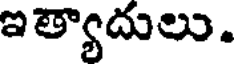
ఇత్యాదులు.